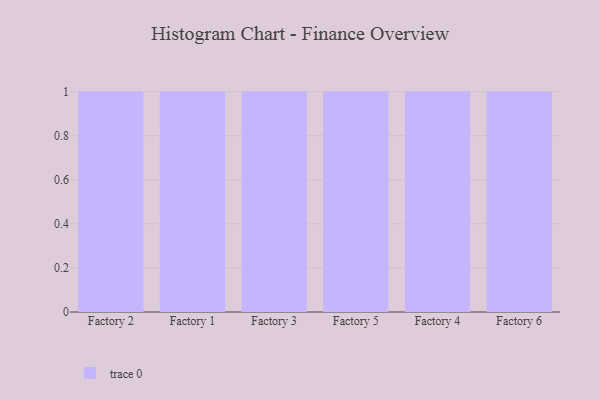
{"axis": {"x": "Factory", "y": "Market Share (%)"}, "legend": [""], "data": [{"x": "Factory 2", "y": 36, "type": ""}, {"x": "Factory 1", "y": 41, "type": ""}, {"x": "Factory 3", "y": 48, "type": ""}, {"x": "Factory 5", "y": 33, "type": ""}, {"x": "Factory 4", "y": 49, "type": ""}, {"x": "Factory 6", "y": 55, "type": ""}]}